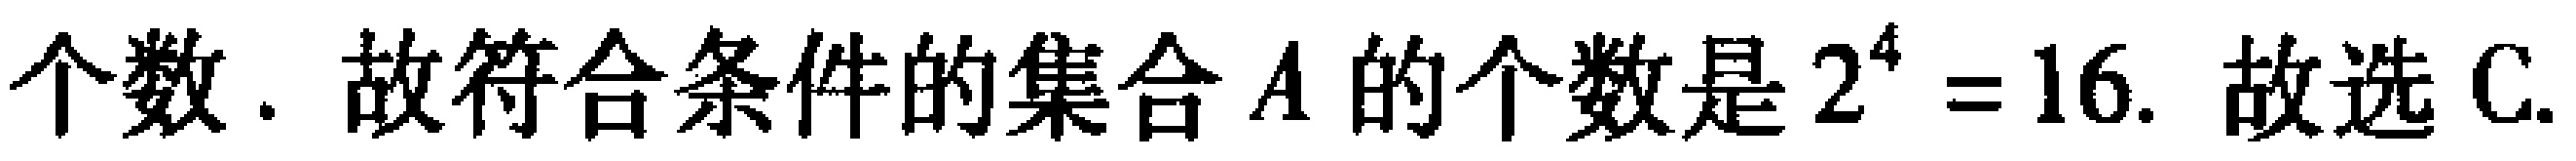
个数. 故符合条件的集合 \(A\) 的个数是 \(2^{4}=16\). 故选C.